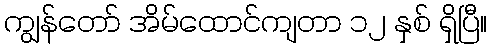
ကျွန်တော် အိမ်ထောင်ကျတာ ၁၂ နှစ် ရှိပြီ။